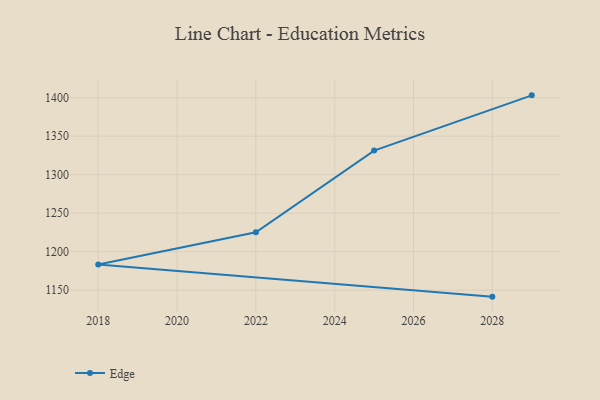
{"axis": {"x": "Year", "y": "Humidity (%)"}, "legend": ["Edge"], "data": [{"x": "2028", "y": 1141.6, "type": "Edge"}, {"x": "2018", "y": 1183.4, "type": "Edge"}, {"x": "2022", "y": 1225.3, "type": "Edge"}, {"x": "2025", "y": 1331.3, "type": "Edge"}, {"x": "2029", "y": 1403.1, "type": "Edge"}]}